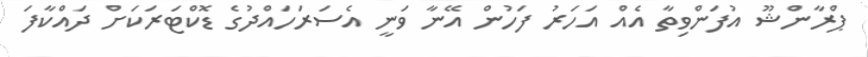
ޕްރާންޝޫ އުފަންވިތާ އެއް އަހަރު ފަހުން އޭނާ ވަނީ އެސަރަހައްދުގެ ޑޮކްޓަރަކަށް ދައްކާފަ